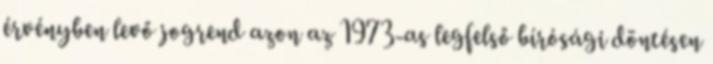
érvényben levő jogrend azon az 1973-as legfelső bírósági döntésen